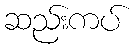
ဆည်းကပ်